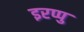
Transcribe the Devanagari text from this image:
इरप्पु